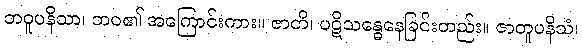
ဘဝူပနိသာ၊ ဘဝ၏ အကြောင်းကား။ ဇာတိ၊ ပဋိသန္ဓေနေခြင်းတည်း။ ဇာတူပနိသံ၊